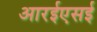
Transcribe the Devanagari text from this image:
आरईएसई